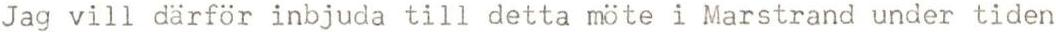
Jag vill därför inbjuda till detta möte i Marstrand under tiden